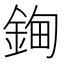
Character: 𰼲